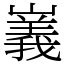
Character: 㠖